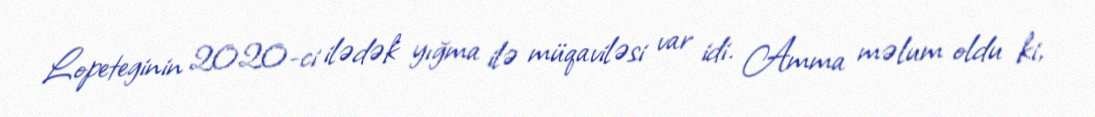
Lopeteginin 2020-ci ilədək yığma ilə müqaviləsi var idi. Amma məlum oldu ki,